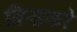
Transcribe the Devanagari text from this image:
ब्रिसको